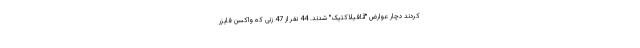
کردند دچار عوارض "آنافیلاکتیک" شدند. 44 نفر از 47 زنی که واکسن فایزر